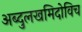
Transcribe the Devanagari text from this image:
अब्दुलखमिदोविच